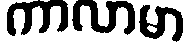
ကာလာမာ